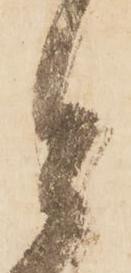
者